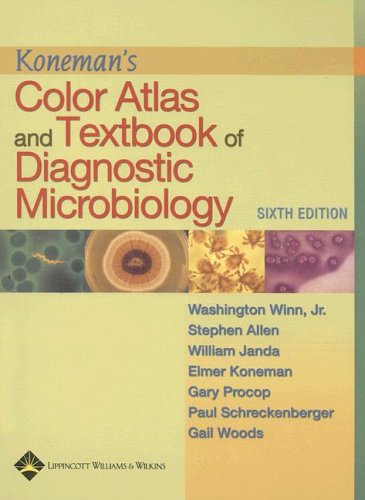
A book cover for Koneman's Color Atlas and Textbook of Diagnostic Microbiology (Color Atlas & Textbook of Diagnostic Microbiology); Elmer W. Koneman; Medical Books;